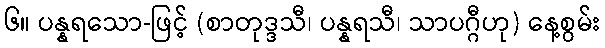
၆။ ပန္နရသော-ဖြင့် (စာတုဒ္ဒသီ၊ ပန္နရသီ၊ သာပဂ္ဂီဟု) နေ့စွမ်း